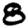
Digit: 8